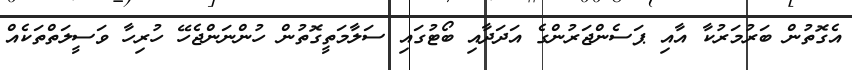
އެގޮތުން ބަރުމަރުކާ އާއި ޕަސެންޖަރުންގެ އަދަދާއި ބޯޓުގައި ސަލާމަތީގޮތުން ހުންނަންޖެހޭ ހުރިހާ ވަސީލަތްތަކެއް